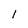
Character: l